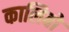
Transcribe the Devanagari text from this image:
कालिबो